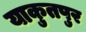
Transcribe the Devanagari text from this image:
याकुतपुर